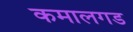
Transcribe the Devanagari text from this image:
कमालगड